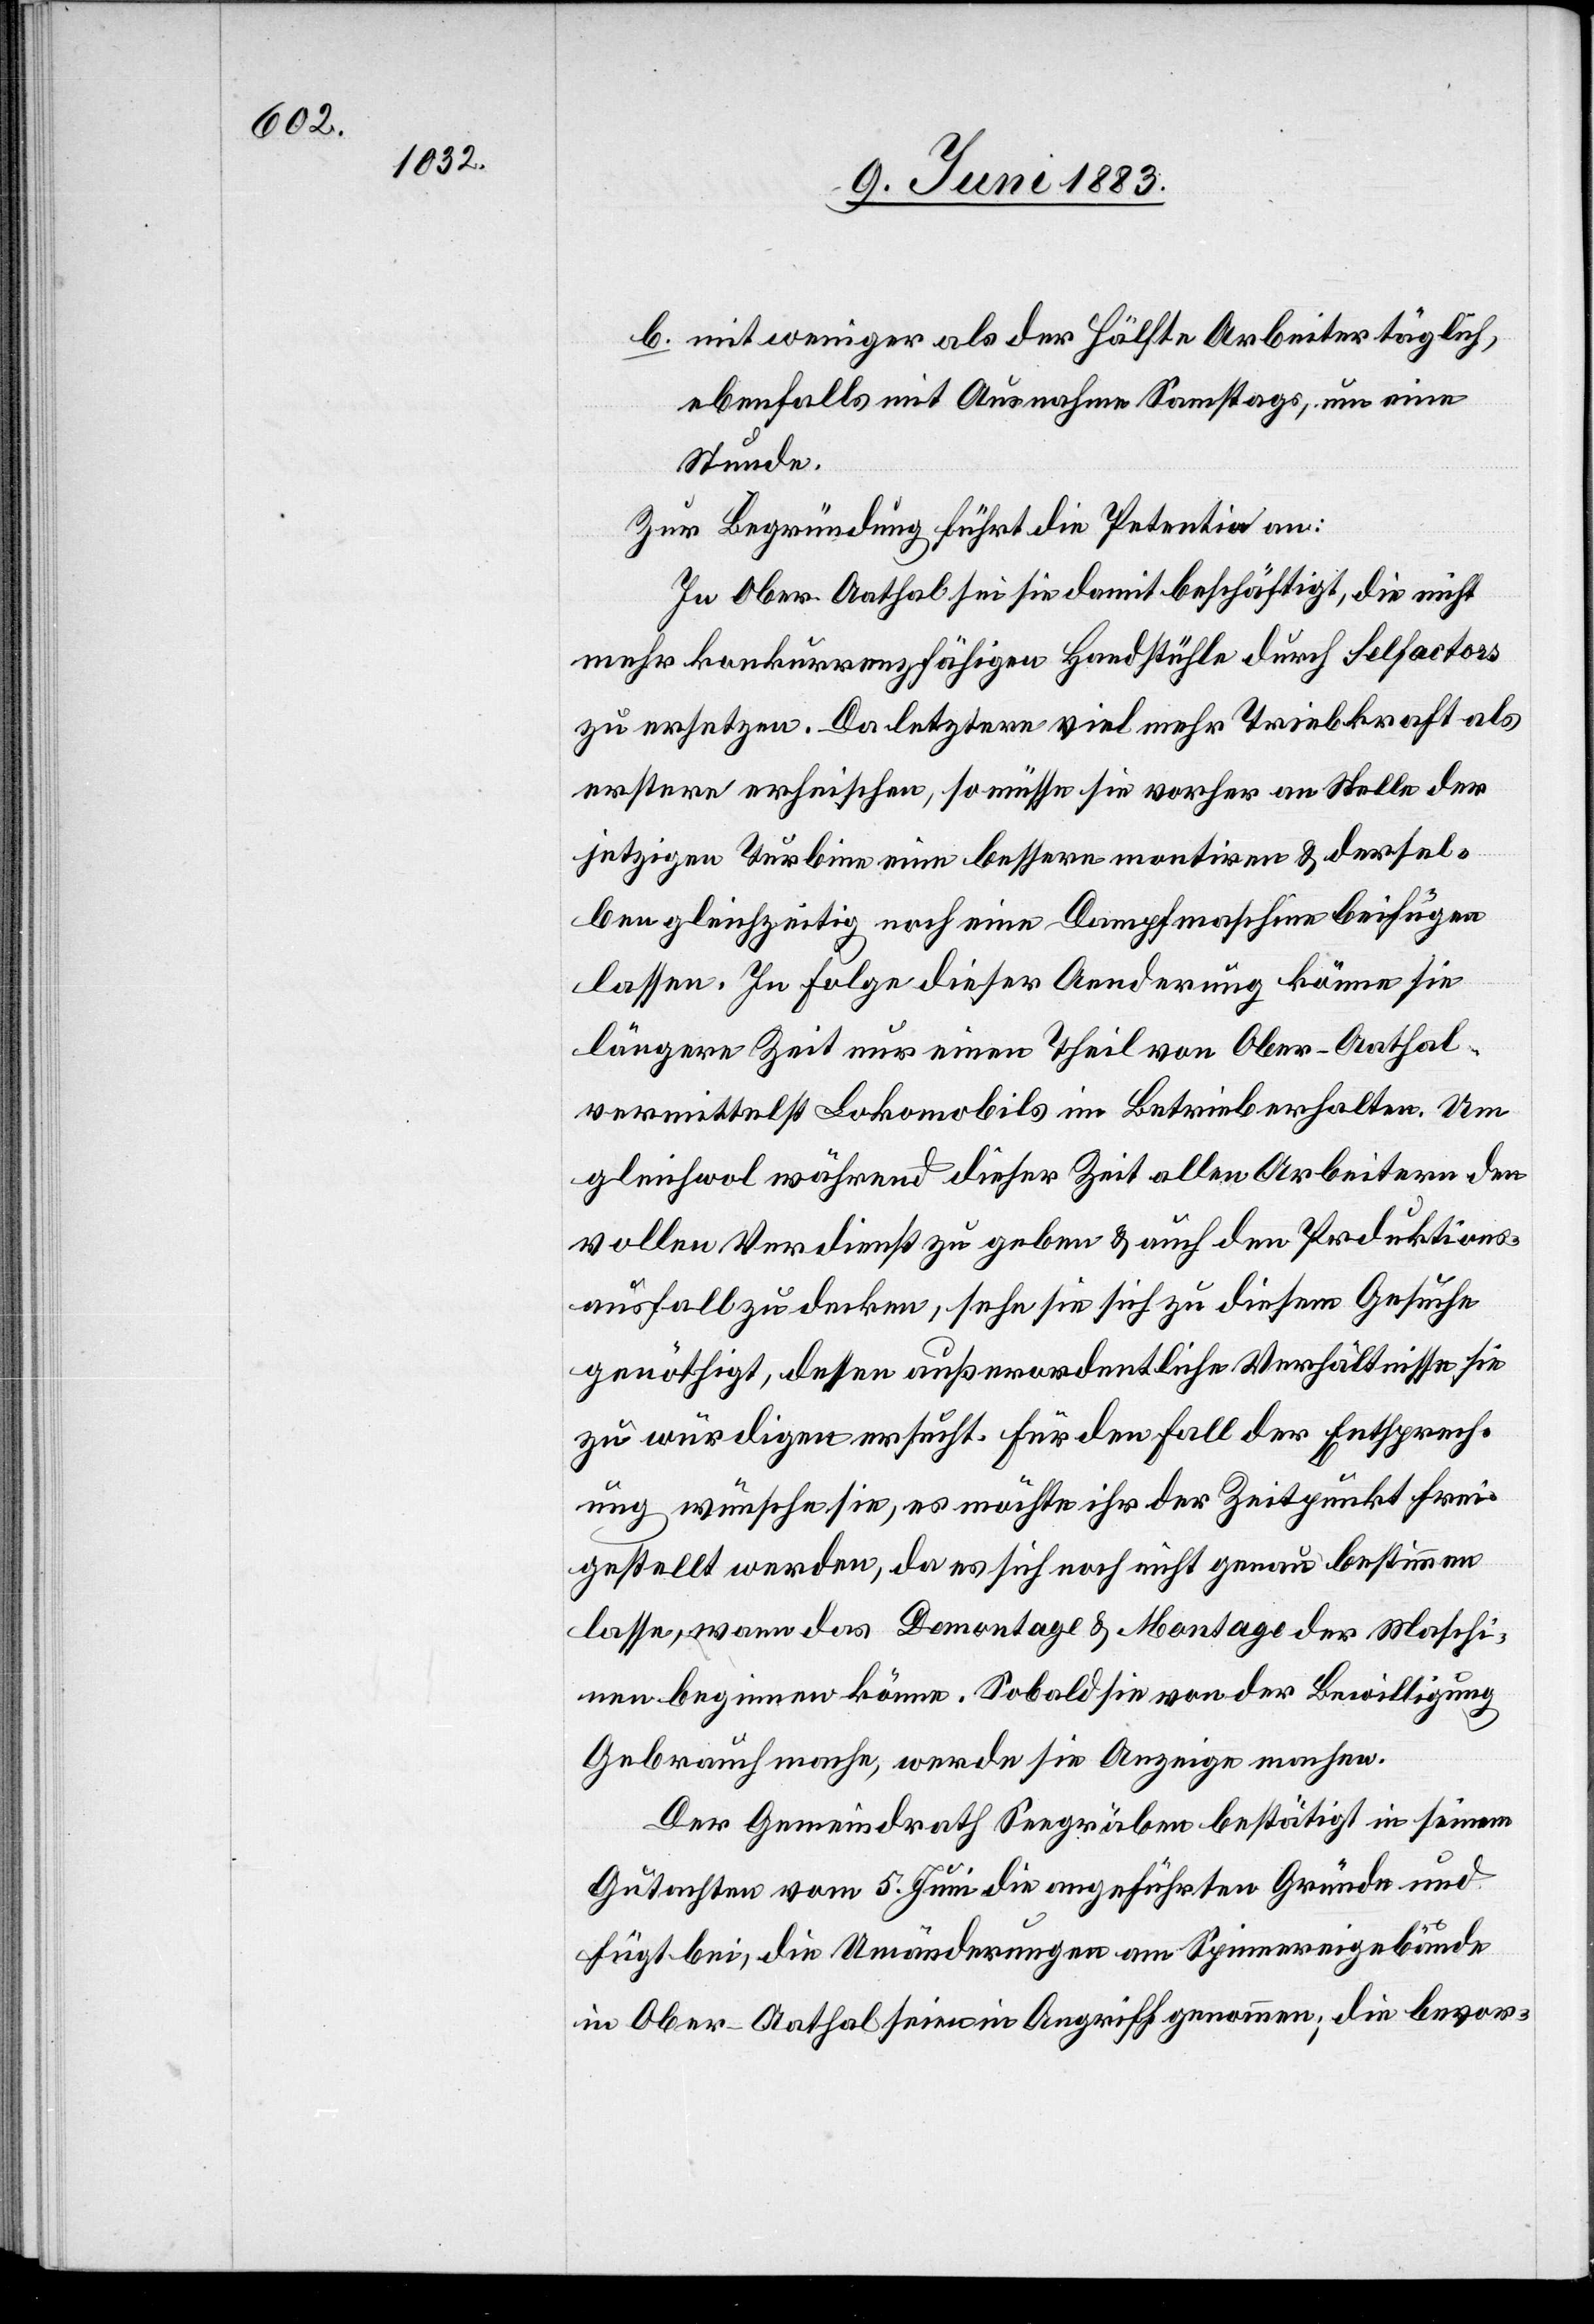
b. mit weniger als der Hälfte Arbeiter täglich,
ebenfalls mit Ausnahme Samstags, um eine
Stunde.
Zur Begründung führt die Petentin an:
In Ober-Aathal sei sie damit beschäftigt, die nicht
mehr konkurrenzfähigen Handstühle durch Selfactors
zu ersetzen. Da letztere viel mehr Triebkraft als
erstere erheischen, so müsse sie vorher an Stelle der
jetzigen Turbine eine bessere montiren & dersel¬
ben gleichzeitig noch eine Dampfmaschine beifügen
lassen. In Folge dieser Aenderung könne sie
längere Zeit nur einen Theil von Ober-Aathal
vermittelst Lokomobils im Betrieb erhalten. Um
gleichwol während dieser Zeit allen Arbeitern den
vollen Verdienst zu geben & auch den Pr[o]duktions¬
ausfall zu decken, sehe sie sich zu diesem Gesuche
genöthigt, dessen außerordentliche Verhältnisse sie
zu würdigen ersucht. Für den Fall der Entsprech¬
ung wünsche sie, es möchte ihr der Zeitpunkt frei¬
gestellt werden, da es sich noch nicht genau bestimmen
lasse, wann das Demontage & Monatge der Maschi¬
ne beginnen könne. Sobald sie von der Bewilligung
Gebrauch mache, werde sie Anzeige machen
Der Gemeindrath Seegräben bestätigt in seinem
Gutachten vom 5. Juni die angeführten Gründe und
fügt bei, die Umänderungen am Spinnereigebäude
in Ober-Aathal seien in Angriff genommen; die bevor-